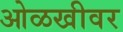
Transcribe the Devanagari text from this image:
ओळखीवर